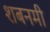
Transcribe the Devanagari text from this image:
शबनमी